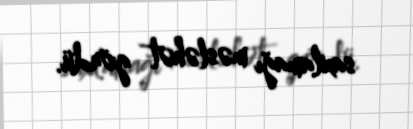
saxlamağı məsləhət gördü.